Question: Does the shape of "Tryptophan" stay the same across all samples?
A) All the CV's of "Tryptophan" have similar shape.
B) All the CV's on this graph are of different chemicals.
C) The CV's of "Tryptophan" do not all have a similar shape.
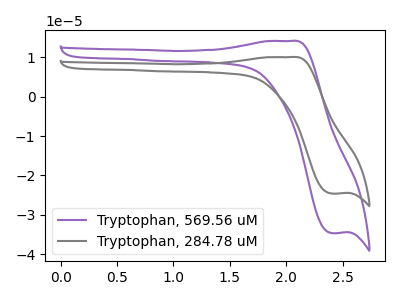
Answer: <think>The purple curve "Tryptophan, 569.56 uM" has an anodic peak at (2.05V, 14.10uA) and a cathodic peak at (2.40V, -34.60uA). The gray curve "Tryptophan, 284.78 uM" has an anodic peak at (2.05V, 10.00uA) and a cathodic peak at (2.40V, -24.60uA).
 All the peaks in "Tryptophan, 569.56 uM" have a peak in "Tryptophan, 284.78 uM" at the same potential. Every peak in "Tryptophan, 569.56 uM" is higher than every peak in "Tryptophan, 284.78 uM".</think>
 <answer>A) All the CV's of "Tryptophan" have similar shape.</answer>
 <eval>A</eval>